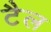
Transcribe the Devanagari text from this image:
टैल